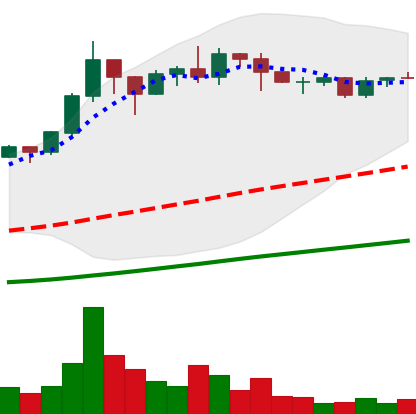
Ticker: ADA-USD
Chart end date: 2020-07-23
Forward return: 20.057%
Label: up_7plus